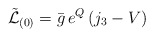
\begin{align*}\tilde{\mathcal{L}}_{(0)} = \bar{g}\, e^Q \, (j_3 - V)\,\end{align*}